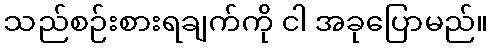
သည်စဉ်းစားရချက်ကို ငါ အခုပြောမည်။